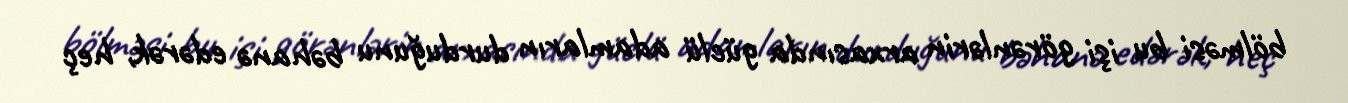
bölməsi bu işi görənlərin arxasında güclü adamların durduğunu bəhanə edərək, heç